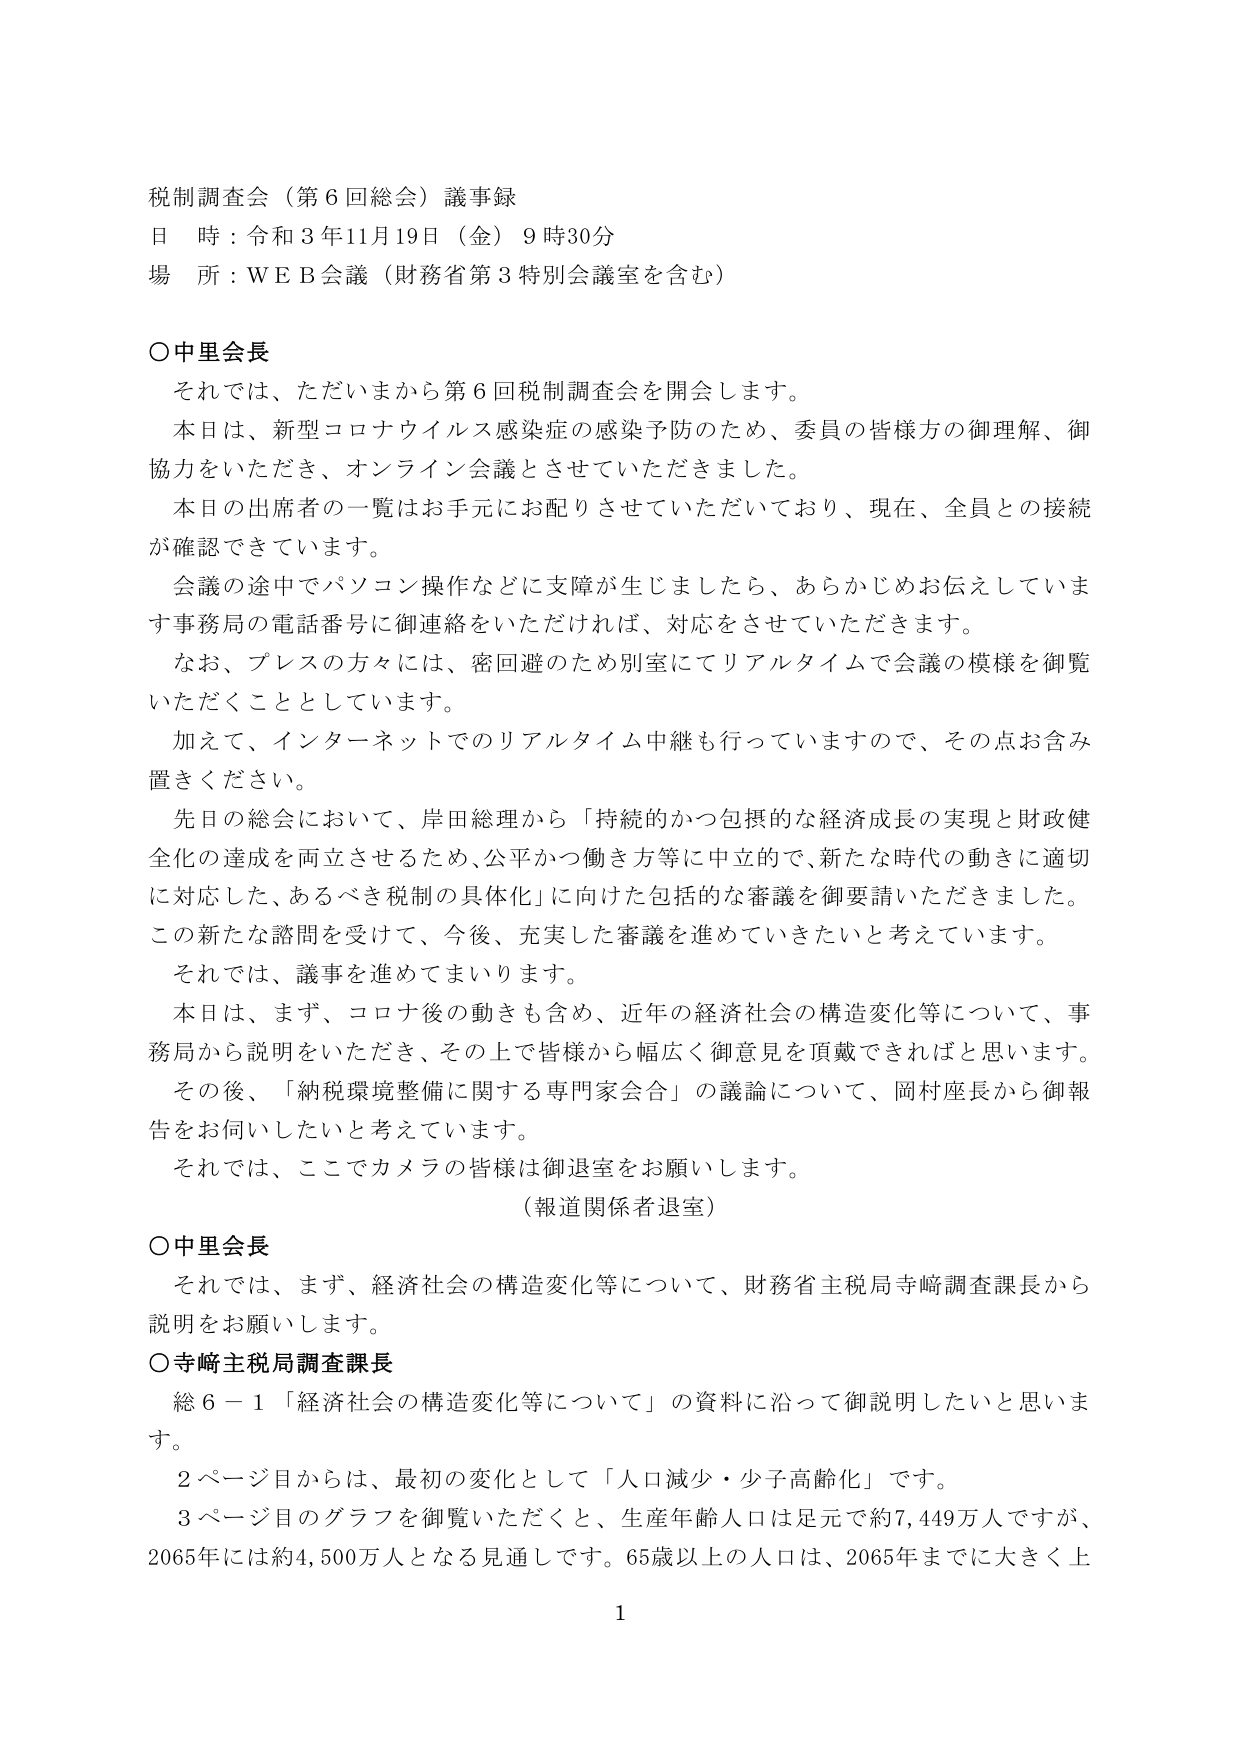
税制調査会（第６回総会）議事録
日 時：令和３年11月19日（金）９時30分
場 所：ＷＥＢ会議（財務省第３特別会議室を含む）

○中里会長
　それでは、ただいまから第６回税制調査会を開会します。
　本日は、新型コロナウイルス感染症の感染予防のため、委員の皆様方の御理解、御協力をいただき、オンライン会議とさせていただきました。
　本日の出席者の一覧はお手元にお配りさせていただいており、現在、全員との接続が確認できています。
　会議の途中でパソコン操作などに支障が生じましたら、あらかじめお伝えしています事務局の電話番号に御連絡をいただければ、対応をさせていただきます。
　なお、プレスの方々には、密回避のため別室にてリアルタイムで会議の模様を御覧いただくこととしています。
　加えて、インターネットでのリアルタイム中継も行っていますので、その点お含み置きください。
　先日の総会において、岸田総理から「持続的かつ包摂的な経済成長の実現と財政健全化の達成を両立させるため、公平かつ働き方等に中立的で、新たな時代の動きに適切に対応した、あるべき税制の具体化」に向けた包括的な審議を御要請いただきました。
　この新たな諮問を受けて、今後、充実した審議を進めていきたいと考えています。
　それでは、議事を進めてまいります。
　本日は、まず、コロナ後の動きも含め、近年の経済社会の構造変化等について、事務局から説明をいただき、その上で皆様から幅広く御意見を頂戴できればと思います。
　その後、「納税環境整備に関する専門家会合」の議論について、岡村座長から御報告をお伺いしたいと考えています。
　それでは、ここでカメラの皆様は御退室をお願いします。
　（報道関係者退室）

○中里会長
　それでは、まず、経済社会の構造変化等について、財務省主税局寺崎調査課長から説明をお願いします。
○寺崎主税局調査課長
　総６－１「経済社会の構造変化等について」の資料に沿って御説明したいと思います。
　２ページ目からは、最初の変化として「人口減少・少子高齢化」です。
　３ページ目のグラフを御覧いただくと、生産年齢人口は足元で約7,449万人ですが、2065年には約4,500万人となる見通しです。65歳以上の人口は、2065年までに大きく上

1